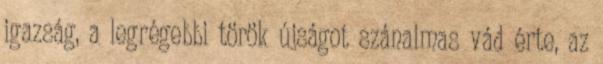
igazság, a legrégebbi török újságot szánalmas vád érte, az